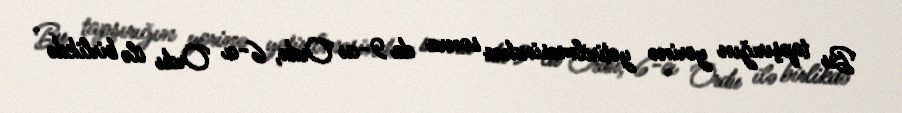
Bu tapşırığın yerinə yetirilməsindən sonra da 9-cu Ordu, 6-cı Ordu ilə birlikdə